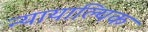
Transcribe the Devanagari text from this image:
न्यायाल्यिक